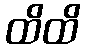
ထိထိ